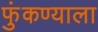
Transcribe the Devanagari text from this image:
फुंकण्याला